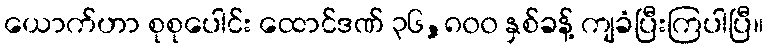
ယောက်ဟာ စုစုပေါင်း ထောင်ဒဏ် ၃၆,၈၀၀ နှစ်ခန့် ကျခံပြီးကြပါပြီ။